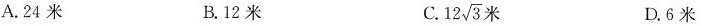
A.24米 B.12米 C. 12 \sqrt{3}米 D.6米